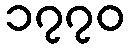
၁၇၇၀